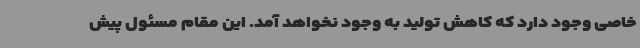
خاصی وجود دارد که کاهش تولید به وجود نخواهد آمد. این مقام مسئول پیش